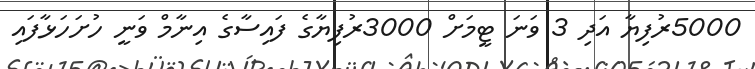
5000ރުފިޔާ އަދި 3 ވަނަ ޓީމަށް 3000ރުފިޔާގެ ފައިސާގެ އިނާމް ވަނީ ހުށަހަޅާފައި